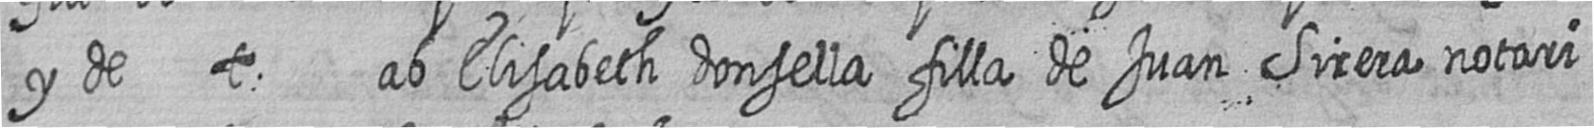
y de t ab Elisabeth donsella filla de Juan Sirera notari